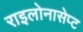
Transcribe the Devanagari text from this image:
राइलोनासेप्ट